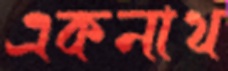
একনাথ